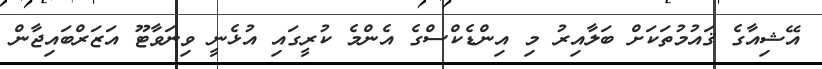
އޭޝިއާގެ ޤައުމުތަކަށް ބަލާއިރު މި އިންޑެކްސްގެ އެންމެ ކުރީގައި އުޅެނީ ވިނަވާޓޫ އަޒަރްބައިޖާން